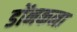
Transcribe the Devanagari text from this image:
डोंनकना